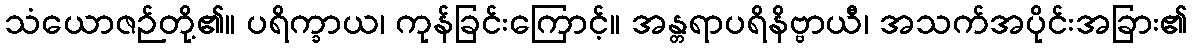
သံယောဇဉ်တို့၏။ ပရိက္ခာယ၊ ကုန်ခြင်းကြောင့်။ အန္တရာပရိနိဗ္ဗာယီ၊ အသက်အပိုင်းအခြား၏